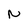
Character: N